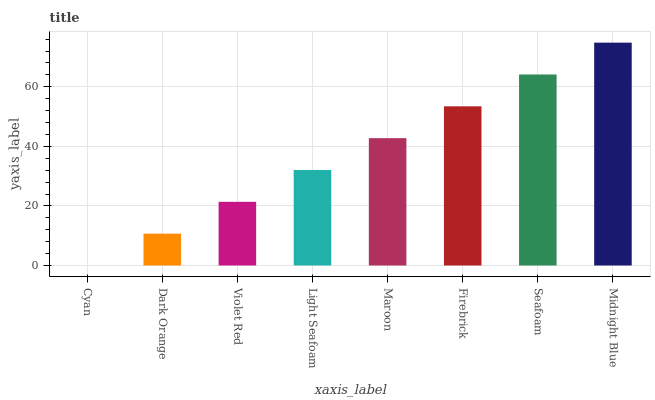
| xaxis_label | bars |
 | --- | --- |
 | Cyan | 0 |
 | Dark Orange | 10.7 |
 | Violet Red | 21.4 |
 | Light Seafoam | 32.1 |
 | Maroon | 42.8 |
 | Firebrick | 53.4 |
 | Seafoam | 64.1 |
 | Midnight Blue | 74.8 |